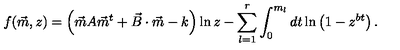
f ( \vec { m } , z ) = \left( \vec { m } A \vec { m } ^ { t } + \vec { B } \cdot \vec { m } - k \right) \ln z - \sum _ { l = 1 } ^ { r } \int _ { 0 } ^ { m _ { l } } d t \ln \left( 1 - z ^ { b t } \right) .